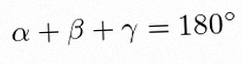
\alpha+\beta+\gamma=180^\circ